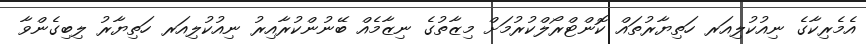
އެމެރިކާގެ ނިއުކުލިއަރ ހަތިޔާރުތައް ކޮންޓްރޯލްކުރުމަށް މިޒާތުގެ ނިޒާމެއް ބޭނުންކުރާއިރު ނިއުކުލިއަރ ހަތިޔާރު ލިބިގެންވާ